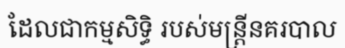
ដែលជាកម្មសិទ្ធិ របស់មន្ត្រីនគរបាល